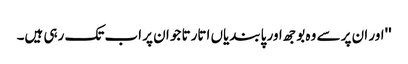
''اور ان پر سے وہ بوجھ اور پابندیاں اتارتا جو ان پر اب تک رہی ہیں۔